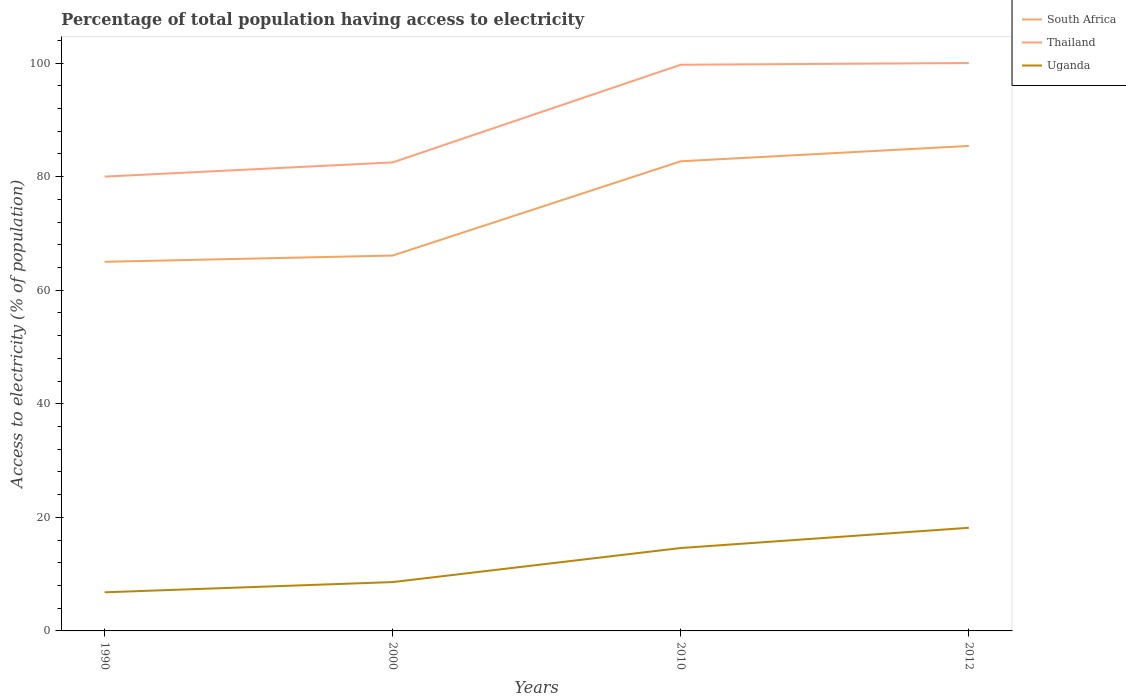
| Years | South Africa | Thailand | Uganda |
 | --- | --- | --- | --- |
 | 1990 | 65 | 80 | 6.8 |
 | 2000 | 66.1 | 82.5 | 8.6 |
 | 2010 | 82.7 | 99.7 | 14.6 |
 | 2012 | 85.4 | 100 | 18.2 |